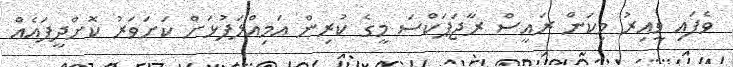
ވެފައި ވީއިރު މިކަން ރައީސް ރާޖަޕަކްސަ މީގެ ކުރިން އަމިއްލަފުޅަށް ކަށަވަރު ކޮށްދީފައެއް